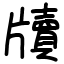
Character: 牘